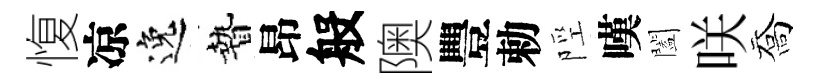
愎凉逸贄昂般隩豐勅陘嘆闔咲喬